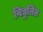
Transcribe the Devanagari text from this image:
विद्युतित